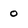
Character: 0